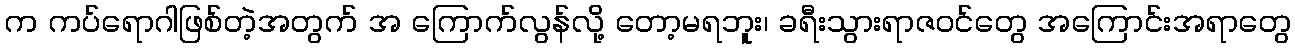
က ကပ်ရောဂါဖြစ်တဲ့အတွက် အ ကြောက်လွန်လို့ တော့မရဘူး၊ ခရီးသွားရာဇဝင်တွေ အကြောင်းအရာတွေ